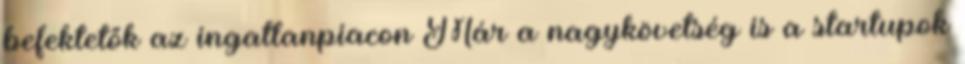
befektetők az ingatlanpiacon Már a nagykövetség is a startupok